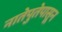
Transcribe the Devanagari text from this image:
नातेपुतेपासून